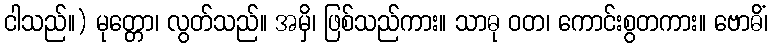
ငါသည်။) မုတ္တော၊ လွတ်သည်။ အမှိ၊ ဖြစ်သည်ကား။ သာဓု ဝတ၊ ကောင်းစွတကား။ ဗောဓိံ၊